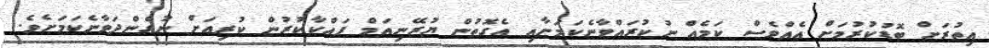
އިތުރަށް ބޮޑުކުރުމަށް އެއްވެސް ކަމެއް ނުކުރައްވާނެކަމަށާއި އެގޮތުން ޔުރޭނިއަމް ފައްކާކުރުން ކުރިއަށް ނުގެންދަވާނެކަމަށެވެ.